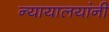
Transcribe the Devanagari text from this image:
न्यायालयांनी